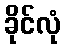
ခိုင်လုံ